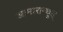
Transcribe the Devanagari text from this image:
आमारान्थूस्